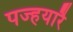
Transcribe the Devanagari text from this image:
पज्हयारै